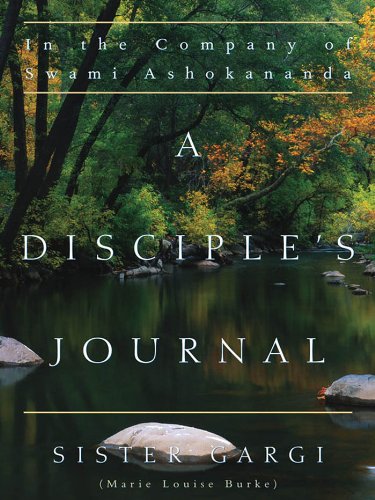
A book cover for A Disciple's Journal; Sister Gargi; Religion & Spirituality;